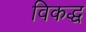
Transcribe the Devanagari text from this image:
विकद्ध